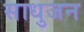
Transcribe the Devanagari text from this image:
साधुजन